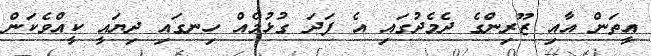
އީތަން އާއި ޒޫރިންގެ ދެމެދުގައި އެ ފަދަ ގުޅުމެއް ހިނގައި ދިޔައީ ކީއްވެކަން